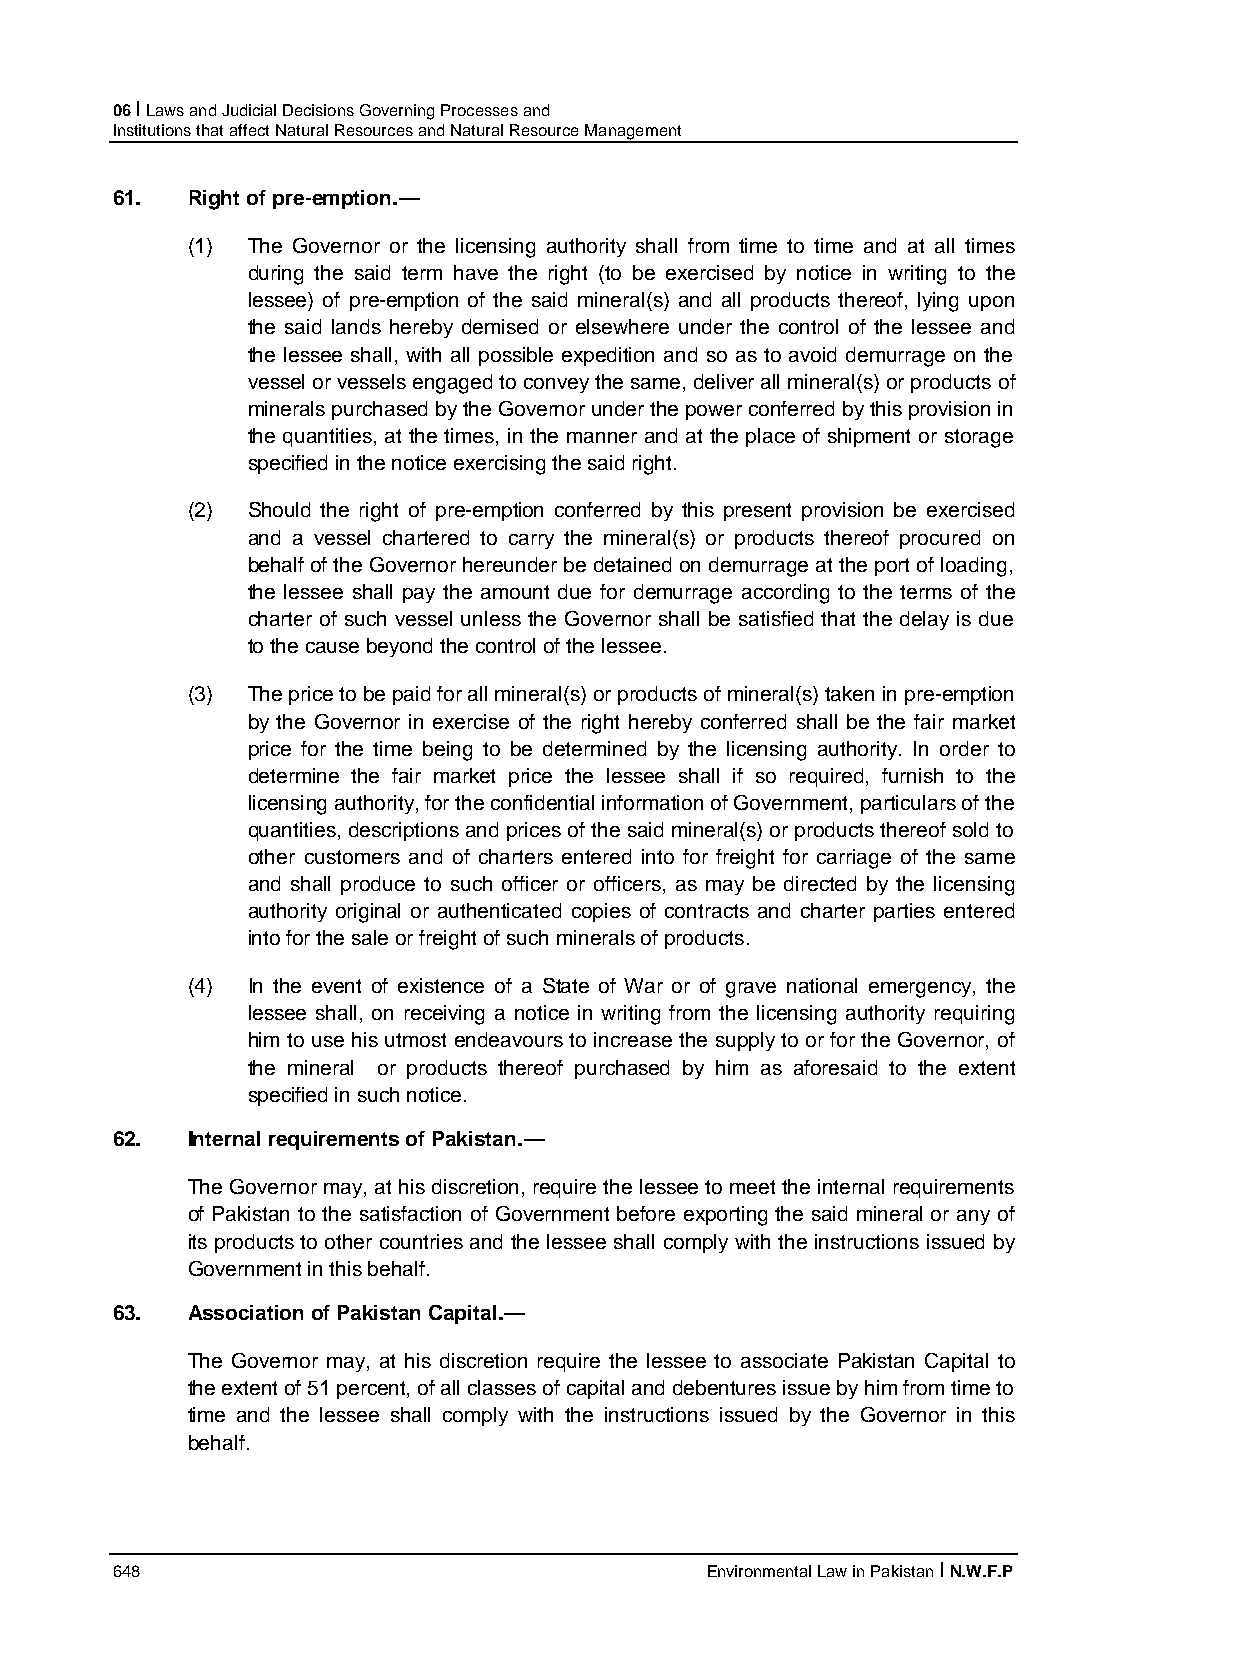
06 I Laws and Judicial Decisions Governing Processes and
 Institutions that affect Natural Resources and Natural Resource Management
 61.  Right of pre-emption.—
 (1) The Governor or the licensing authority shall from time to time and at all times
 during the said term have the right (to be exercised by notice in writing to the
 lessee) of pre-emption of the said mineral(s) and all products thereof, lying upon
 the said lands hereby demised or elsewhere under the control of the lessee and
 the lessee shall, with all possible expedition and so as to avoid demurrage on the
 vessel or vessels engaged to convey the same, deliver all mineral(s) or products of
 minerals purchased by the Governor under the power conferred by this provision in
 the quantities, at the times, in the manner and at the place of shipment or storage
 specified in the notice exercising the said right.
 (2) Should the right of pre-emption conferred by this present provision be exercised
 and a vessel chartered to carry the mineral(s) or products thereof procured on
 behalf of the Governor hereunder be detained on demurrage at the port of loading,
 the lessee shall pay the amount due for demurrage according to the terms of the
 charter of such vessel unless the Governor shall be satisfied that the delay is due
 to the cause beyond the control of the lessee.
 (3) The price to be paid for all mineral(s) or products of mineral(s) taken in pre-emption
 by the Governor in exercise of the right hereby conferred shall be the fair market
 price for the time being to be determined by the licensing authority. In order to
 determine the fair market price the lessee shall if so required, furnish to the
 licensing authority, for the confidential information of Government, particulars of the
 quantities, descriptions and prices of the said mineral(s) or products thereof sold to
 other customers and of charters entered into for freight for carriage of the same
 and shall produce to such officer or officers, as may be directed by the licensing
 authority original or authenticated copies of contracts and charter parties entered
 into for the sale or freight of such minerals of products.
 (4) In the event of existence of a State of War or of grave national emergency, the
 lessee shall, on receiving a notice in writing from the licensing authority requiring
 him to use his utmost endeavours to increase the supply to or for the Governor, of
 the mineral or products thereof purchased by him as aforesaid to the extent
 specified in such notice.
 62.  Internal requirements of Pakistan.—
 The Governor may, at his discretion, require the lessee to meet the internal requirements
 of Pakistan to the satisfaction of Government before exporting the said mineral or any of
 its products to other countries and the lessee shall comply with the instructions issued by
 Government in this behalf.
 63.  Association of Pakistan Capital.—
 The Governor may, at his discretion require the lessee to associate Pakistan Capital to
 the extent of 51 percent, of all classes of capital and debentures issue by him from time to
 time and the lessee shall comply with the instructions issued by the Governor in this
 behalf.
 648                                     Environmental Law in Pakistan I N.W.F.P